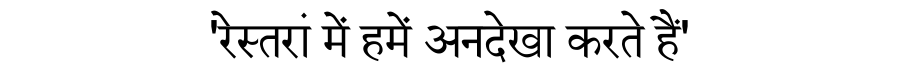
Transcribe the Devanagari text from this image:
'रेस्तरां में हमें अनदेखा करते हैं'